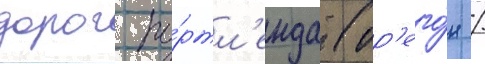
дорог по́ртл'енда (ор'его́н /